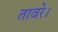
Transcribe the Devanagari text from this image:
तावरे।